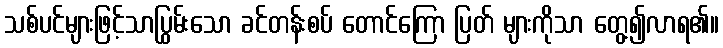
သစ်ပင်များဖြင့်သာပြွမ်းသော ခင်တန်းစပ် တောင်ကြော ပြတ် များကိုသာ တွေ့၍လာရ၏။